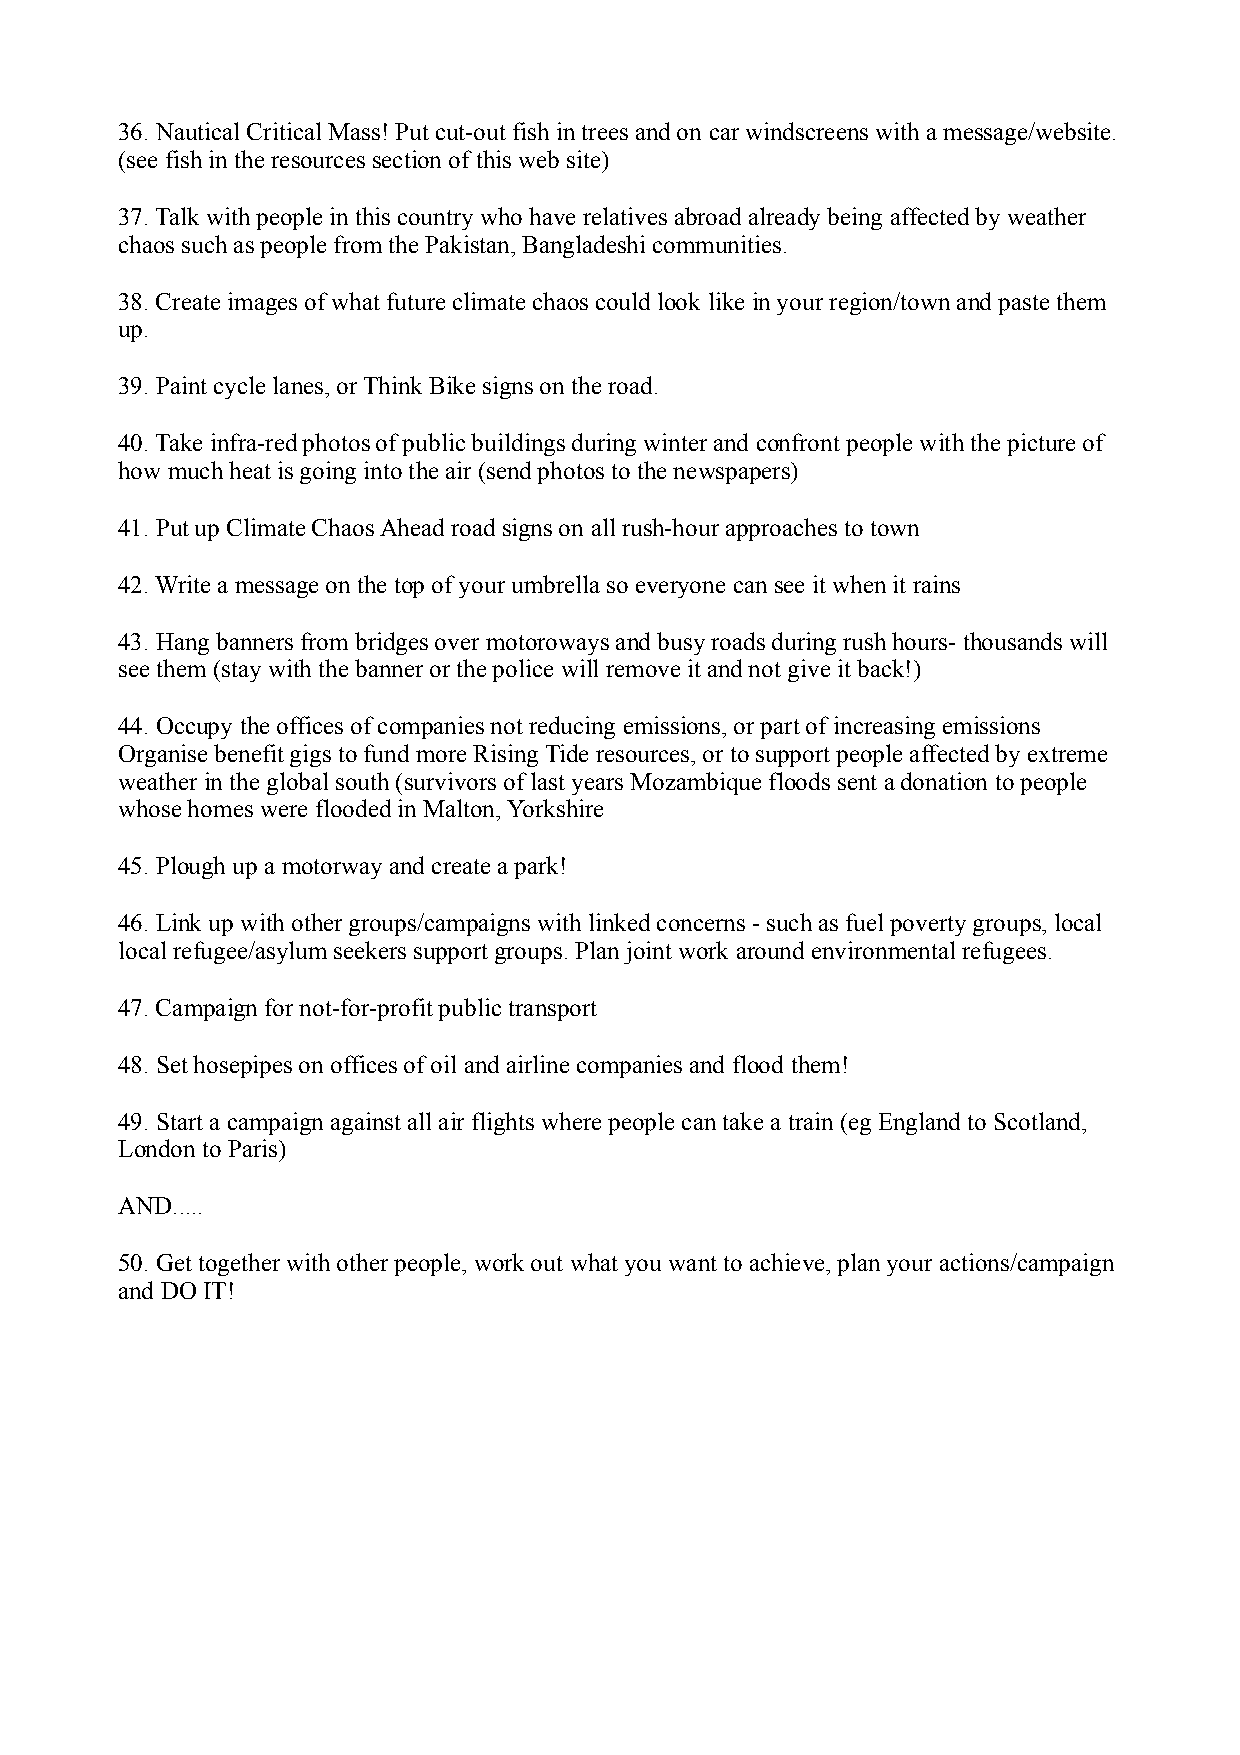
36. Nautical Critical Mass! Put cut-out fish in trees and on car windscreens with a message/website.
 (see fish in the resources section of this web site)
 37. Talk with people in this country who have relatives abroad already being affected by weather
 chaos such as people from the Pakistan, Bangladeshi communities.
 38. Create images of what future climate chaos could look like in your region/town and paste them
 up.
 39. Paint cycle lanes, or Think Bike signs on the road.
 40. Take infra-red photos of public buildings during winter and confront people with the picture of
 how much heat is going into the air (send photos to the newspapers)
 41. Put up Climate Chaos Ahead road signs on all rush-hour approaches to town
 42. Write a message on the top of your umbrella so everyone can see it when it rains
 43. Hang banners from bridges over motoroways and busy roads during rush hours- thousands will
 see them (stay with the banner or the police will remove it and not give it back!)
 44. Occupy the offices of companies not reducing emissions, or part of increasing emissions
 Organise benefit gigs to fund more Rising Tide resources, or to support people affected by extreme
 weather in the global south (survivors of last years Mozambique floods sent a donation to people
 whose homes were flooded in Malton, Yorkshire
 45. Plough up a motorway and create a park!
 46. Link up with other groups/campaigns with linked concerns - such as fuel poverty groups, local
 local refugee/asylum seekers support groups. Plan joint work around environmental refugees.
 47. Campaign for not-for-profit public transport
 48. Set hosepipes on offices of oil and airline companies and flood them!
 49. Start a campaign against all air flights where people can take a train (eg England to Scotland,
 London to Paris)
 AND.....
 50. Get together with other people, work out what you want to achieve, plan your actions/campaign
 and DO IT!